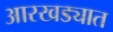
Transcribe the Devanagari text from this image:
आरखड्यात